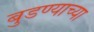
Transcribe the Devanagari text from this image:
बुडण्याच्या